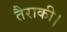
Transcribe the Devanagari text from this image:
तैराकी।